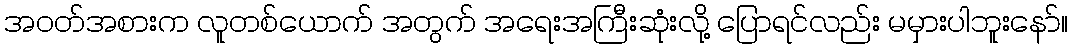
အဝတ်အစားက လူတစ်ယောက် အတွက် အရေးအကြီးဆုံးလို့ ပြောရင်လည်း မမှားပါဘူးနော်။